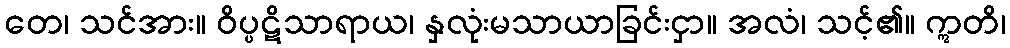
တေ၊ သင်အား။ ဝိပ္ပဋိသာရာယ၊ နှလုံးမသာယာခြင်းငှာ။ အလံ၊ သင့်၏။ ဣတိ၊